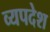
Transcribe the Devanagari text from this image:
व्यपदेश